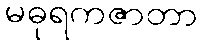
မဓုရကဇာတာ